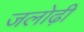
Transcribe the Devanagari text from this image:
जलोढ़ी